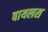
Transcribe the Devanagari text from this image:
बायलस